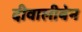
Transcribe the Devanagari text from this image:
दीवालीबेन